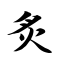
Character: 炙